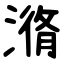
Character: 潃